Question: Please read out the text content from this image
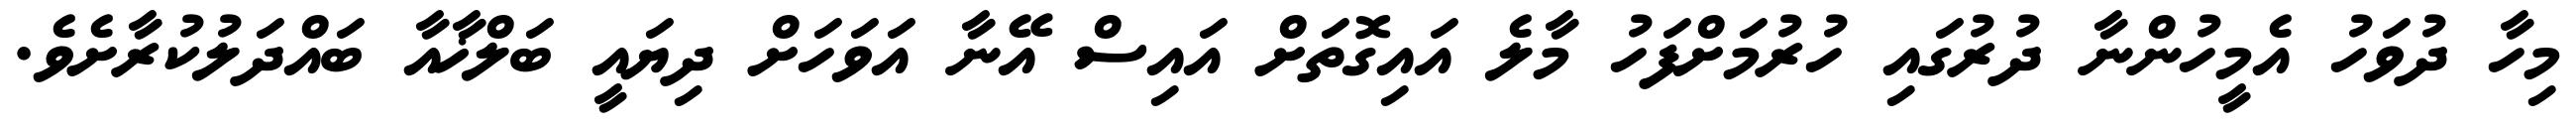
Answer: މިހާ ދުވަހު އެމީހުންނާ ދުރުގައި ހުރުމަށްފަހު މާލެ އައިގޮތަށް އައިސް އޭނާ އަވަހަށް ދިޔައީ ބަލްޚާއާ ބައްދަލުކުރާށެވެ.